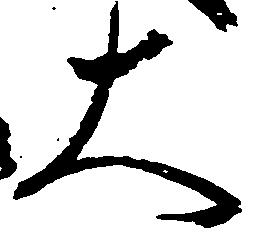
大